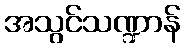
အသွင်သဏ္ဍာန်